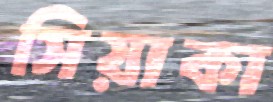
সিয়াকা